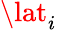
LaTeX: \lat_{i}